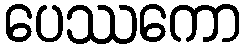
ပေဿကော